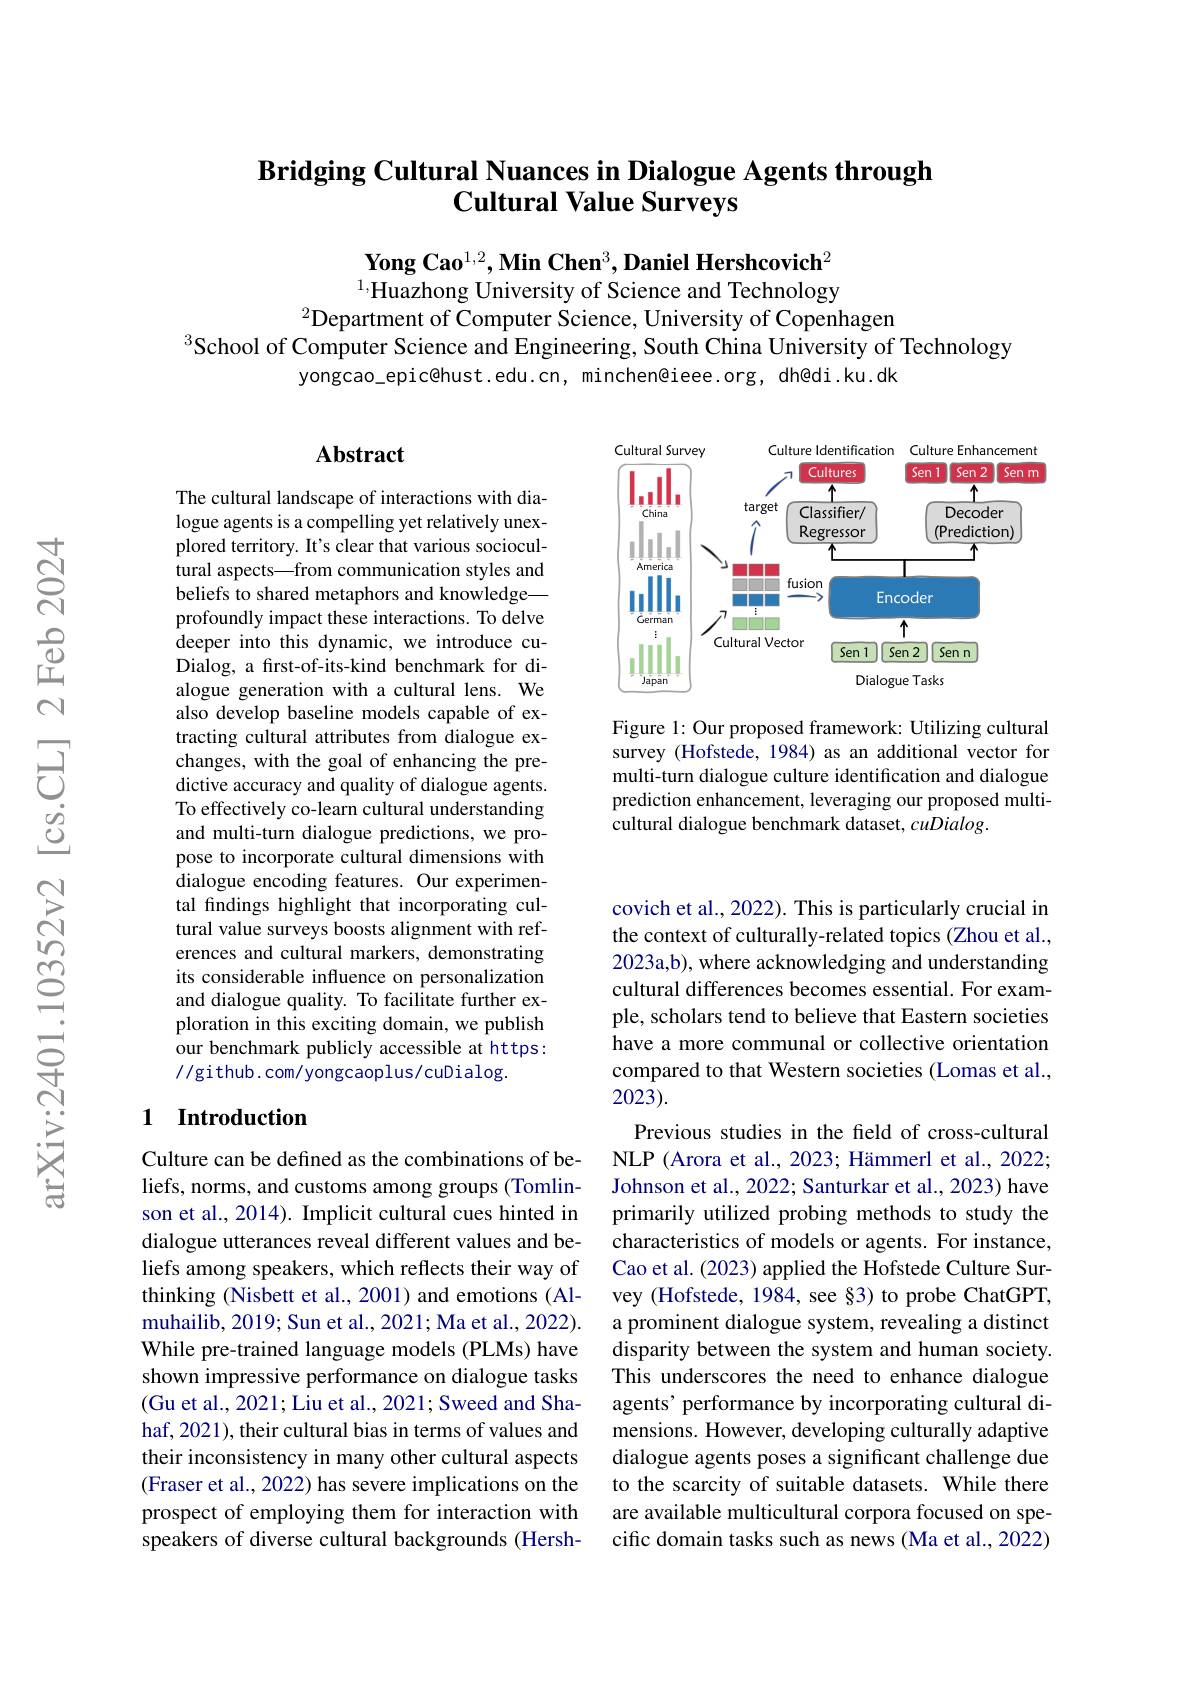
## $\textbf{Bridging Cultural Nuances in Dialogue Agents through}$ Cultural Value Surveys

$\textbf{Yong Cao}^{1,2},\textbf{Min Chen}^3,\textbf{Daniel Hershcovich}^2$ $^{1,}$Huazhong University of Science and Technology
$^{2}$Department of Computer Science, University of Copenhagen

$^3$School of Computer Science and Engineering, South China University of Technology
yongcao\_epic@hust.edu.cn, minchen@ieee.org, dh@di.ku.dk

### $\mathbf{Abstract}$

<FigureHere>

Figure 1: Our proposed framework: Utilizing cultural survey (Hofstede, 1984) as an additional vector for multi-turn dialogue culture identification and dialogue prediction enhancement, leveraging our proposed multicultural dialogue benchmark dataset, cuDialog.

The cultural landscape of interactions with dialogue agents is a compelling yet relatively unexplored territory. It's clear that various sociocultural aspects—from communication styles and beliefs to shared metaphors and knowledge— profoundly impact these interactions. To delve deeper into this dynamic, we introduce cuDialog, a first-of-its-kind benchmark for dialogue generation with a cultural lens. We also develop baseline models capable of extracting cultural attributes from dialogue exchanges, with the goal of enhancing the predictive accuracy and quality of dialogue agents. To effectively co-learn cultural understanding and multi-turn dialogue predictions, we propose to incorporate cultural dimensions with dialogue encoding features. Our experimental findings highlight that incorporating cultural value surveys boosts alignment with references and cultural markers, demonstrating its considerable influence on personalization and dialogue quality. To facilitate further exploration in this exciting domain, we publish our benchmark publicly accessible at https: //github.com/yongcaoplus/cuDialog.

## 1 Introduction

covich et al., 2022). This is particularly crucial in the context of culturally-related topics (Zhou et al., 2023a,b), where acknowledging and understanding cultural differences becomes essential. For example, scholars tend to believe that Eastern societies have a more communal or collective orientation compared to that Western societies (Lomas et al., 2023).
Previous studies in the field of cross-cultural NLP (Arora et al., 2023; Hämmerl et al., 2022; Johnson et al., 2022; Santurkar et al., 2023) have primarily utilized probing methods to study the characteristics of models or agents. For instance, Cao et al. (2023) applied the Hofstede Culture Survey (Hofstede, 1984, see §3) to probe ChatGPT, a prominent dialogue system, revealing a distinct disparity between the system and human society. This underscores the need to enhance dialogue agents’ performance by incorporating cultural dimensions. However, developing culturally adaptive dialogue agents poses a significant challenge due to the scarcity of suitable datasets. While there are available multicultural corpora focused on specific domain tasks such as news (Ma et al., 2022)

Culture can be defined as the combinations of beliefs, norms, and customs among groups (Tomlinson et al., 2014). Implicit cultural cues hinted in dialogue utterances reveal different values and beliefs among speakers, which reflects their way of thinking (Nisbett et al., 2001) and emotions (Almuhailib, 2019; Sun et al., 2021; Ma et al., 2022). While pre-trained language models (PLMs) have shown impressive performance on dialogue tasks (Gu et al., 2021; Liu et al., 2021; Sweed and Shahaf, 2021), their cultural bias in terms of values and their inconsistency in many other cultural aspects (Fraser et al., 2022) has severe implications on the prospect of employing them for interaction with speakers of diverse cultural backgrounds (Hersh-